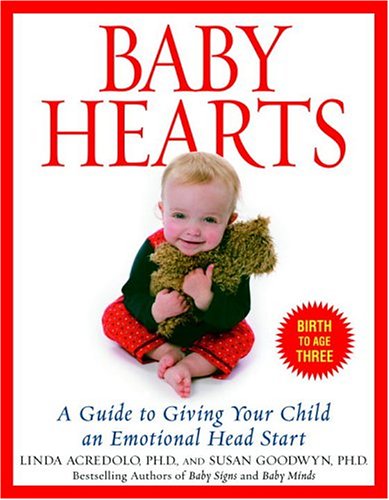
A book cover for Baby Hearts: A Guide to Giving Your Child an Emotional Head Start; Susan Goodwyn Ph.D.; Self-Help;